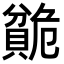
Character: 𬥣